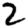
Digit: 2